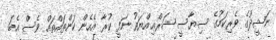
ނަޝީދުގެ ވެރިކަމުގެ ސިޔާސީ ޝަރްޢިއްޔަތު ނަފީ ކުރާ އެހެން ކަންތައްތައް ވެސް އެބަ